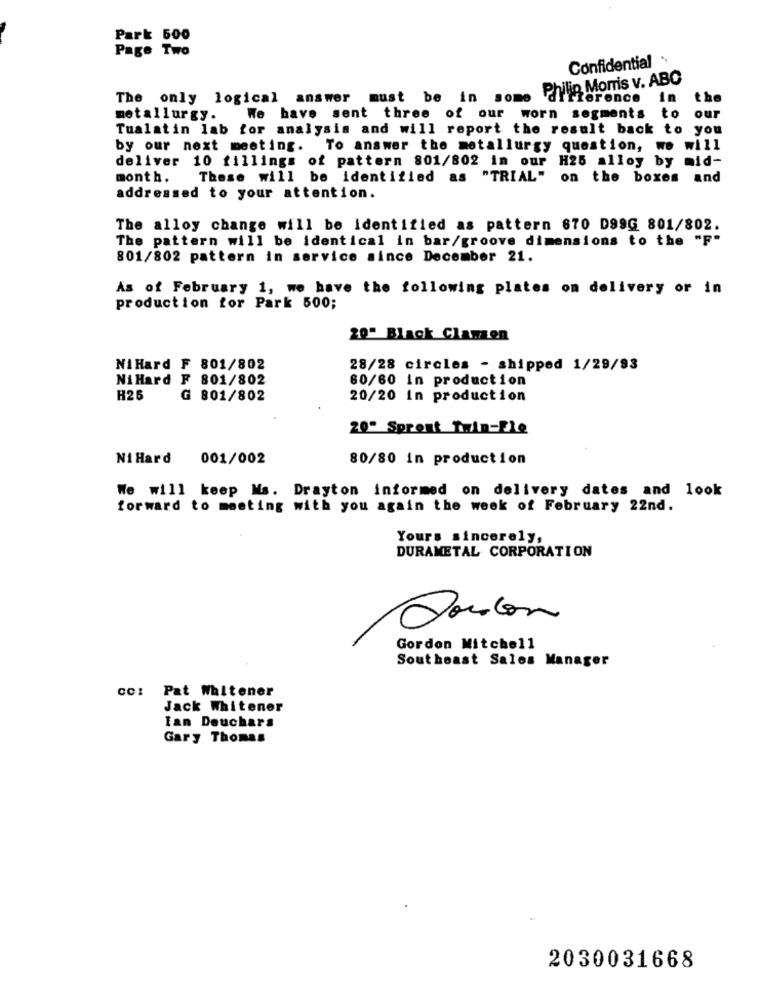
Park 500
Page Two
Confidential
The only logical answer must be in some Philip Morris v. ABC
ference
In
the
to
metallurgy.
We have sent three of our worn segments
our
Tualatin lab for analysis and will report the result back to you
by our next meeting. To answer the metallurgy question,
we will
deliver 10 fillings of pattern 801/802 in our H25 alloy by mid-
month.
These will be identified as "TRIAL" on the boxes and
addressed to your attention.
The alloy change will be identified as pattern 870 D99G 801/802.
The pattern will be identical in bar/groove dimensions to the "F"
801/802 pattern in service since December 21.
As of February 1, we have the following plates on delivery or in
production for Park 500;
20" Black Clamzen
NiHard F 801/802
28/28 circles - shipped 1/29/93
NiHard F 801/802
60/60 in production
H25
G 801/802
20/20 In production
20" Spront Twin-Fle
Ni Hard
001/002
80/80 in production
We will keep Ms. Drayton informed on delivery dates and look
forward to meeting with you again the week of February 22nd.
Yours sincerely,
DURAMETAL CORPORATION
Joucon
Gordon Mitchell
Southeast Sales Manager
cc: Pat Whitener
Jack Whitener
Ian Deuchars
Gary Thomas
2030031668